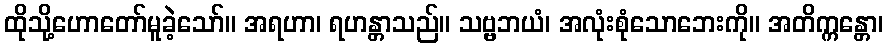
ထိုသို့ဟောတော်မူခဲ့သော်။ အရဟာ၊ ရဟန္တာသည်။ သဗ္ဗဘယံ၊ အလုံးစုံသောဘေးကို။ အတိက္ကန္တော၊